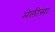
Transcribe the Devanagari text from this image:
मेलीसा